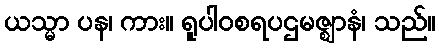
ယသ္မာ ပန၊ ကား။ ရူပါဝစရပဌမဇ္ဈာနံ၊ သည်။